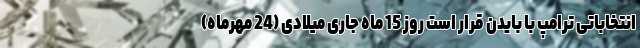
انتخاباتی ترامپ با بایدن قرار است روز 15 ماه جاری میلادی (24 مهرماه)